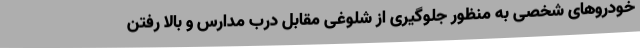
خودروهای شخصی به منظور جلوگیری از شلوغی مقابل درب مدارس و بالا رفتن